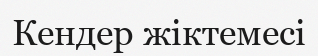
Кендер жіктемесі